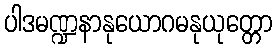
ပါဒမဏ္ဍနာနုယောဂမနုယုတ္တော